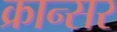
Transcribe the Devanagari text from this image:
क्रान्सर